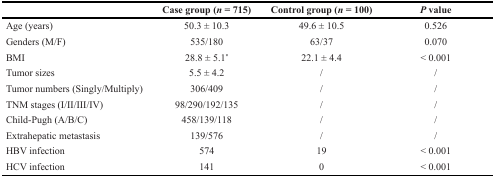
<table><thead><tr><td></td><td><b>Case group (<i>n</i>= 715)</b></td><td><b>Control group (<i>n</i>= 100)</b></td><td><b><i>P</i> value</b></td></tr></thead><tbody><tr><td>Age (years)</td><td>50.3 ± 10.3</td><td>49.6 ± 10.5</td><td>0.526</td></tr><tr><td>Genders (M/F)</td><td>535/180</td><td>63/37</td><td>0.070</td></tr><tr><td>BMI</td><td>28.8 ± 5.1*</td><td>22.1 ± 4.4</td><td>&lt; 0.001</td></tr><tr><td>Tumor sizes</td><td>5.5 ± 4.2</td><td>/</td><td>/</td></tr><tr><td>Tumor numbers (Singly/Multiply)</td><td>306/409</td><td>/</td><td>/</td></tr><tr><td>TNM stages (I/II/III/IV)</td><td>98/290/192/135</td><td>/</td><td>/</td></tr><tr><td>Child-Pugh (A/B/C)</td><td>458/139/118</td><td>/</td><td>/</td></tr><tr><td>Extrahepatic metastasis</td><td>139/576</td><td>/</td><td>/</td></tr><tr><td>HBV infection</td><td>574</td><td>19</td><td>&lt; 0.001</td></tr><tr><td>HCV infection</td><td>141</td><td>0</td><td>&lt; 0.001</td></tr></tbody></table>